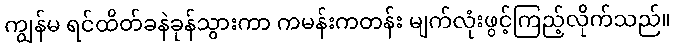
ကျွန်မ ရင်ထိတ်ခနဲခုန်သွားကာ ကမန်းကတန်း မျက်လုံးဖွင့်ကြည့်လိုက်သည်။